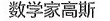
数学家高斯